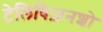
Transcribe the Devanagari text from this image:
टेलिविज़नशो